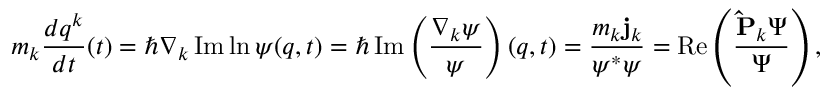
m _ { k } { \frac { d q ^ { k } } { d t } } ( t ) = \hbar \nabla _ { k } \operatorname { I m } \ln \psi ( q , t ) = \hbar \operatorname { I m } \left( { \frac { \nabla _ { k } \psi } { \psi } } \right) ( q , t ) = { \frac { m _ { k } \mathbf { j } _ { k } } { \psi ^ { * } \psi } } = \operatorname { R e } \left( { \frac { \mathbf { \hat { P } } _ { k } \Psi } { \Psi } } \right) ,